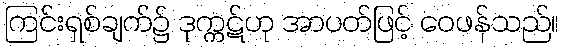
ကြင်းရှစ်ချက်၌ ဒုက္ကဋ်ဟု အာပတ်ဖြင့် ဝေဖန်သည်။